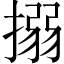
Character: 搦